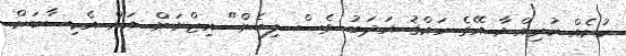
ކުށެއް ކުރިއްޔާ އޭގެ ހައްޤު އަދަބު ވެސް ލިބެން" އިޒްޔަން އަށް އެހިސާބަށް